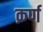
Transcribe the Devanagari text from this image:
क़र्ण